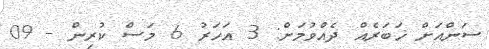
ސަންއަށް ޚަބަރެއް ދެއްވުމަށް: 3 އަހަރު 6 މަސް ކުރިން - 09